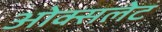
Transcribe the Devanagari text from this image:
ओक्सलेट